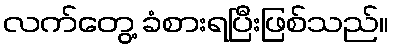
လက်တွေ့ ခံစားရပြီးဖြစ်သည်။